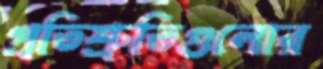
প্রতিশ্রুতিগুলোর